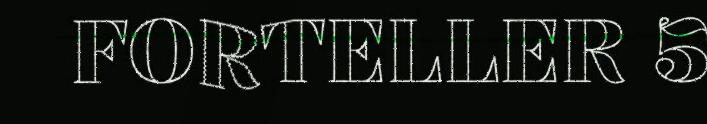
FORTELLER 5